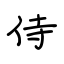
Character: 侍